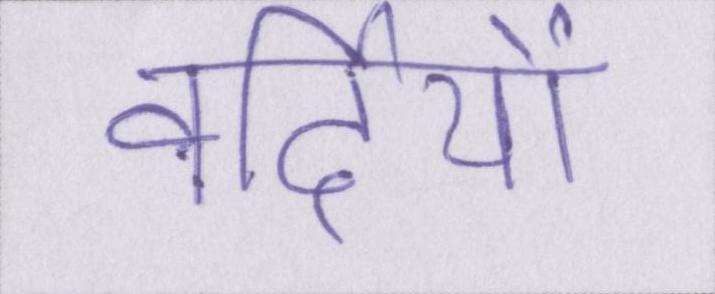
वर्दियों